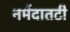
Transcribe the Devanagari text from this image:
नर्मदातटी